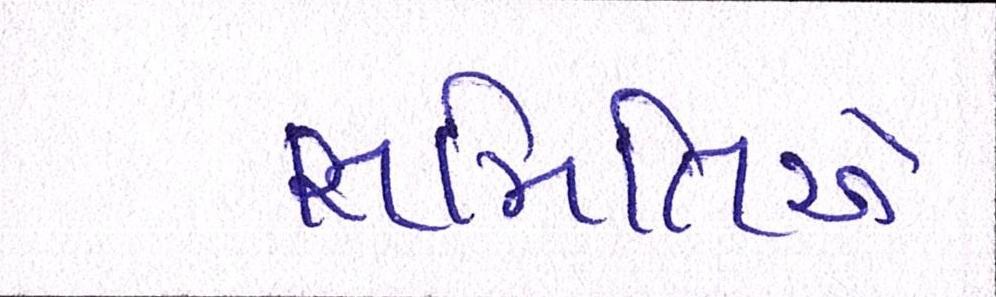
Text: સમિતિએ